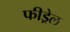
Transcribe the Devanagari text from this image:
फीड्रेल